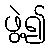
ဖွဲ့၍